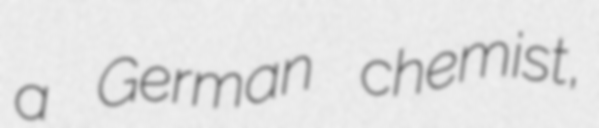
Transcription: a German chemist,